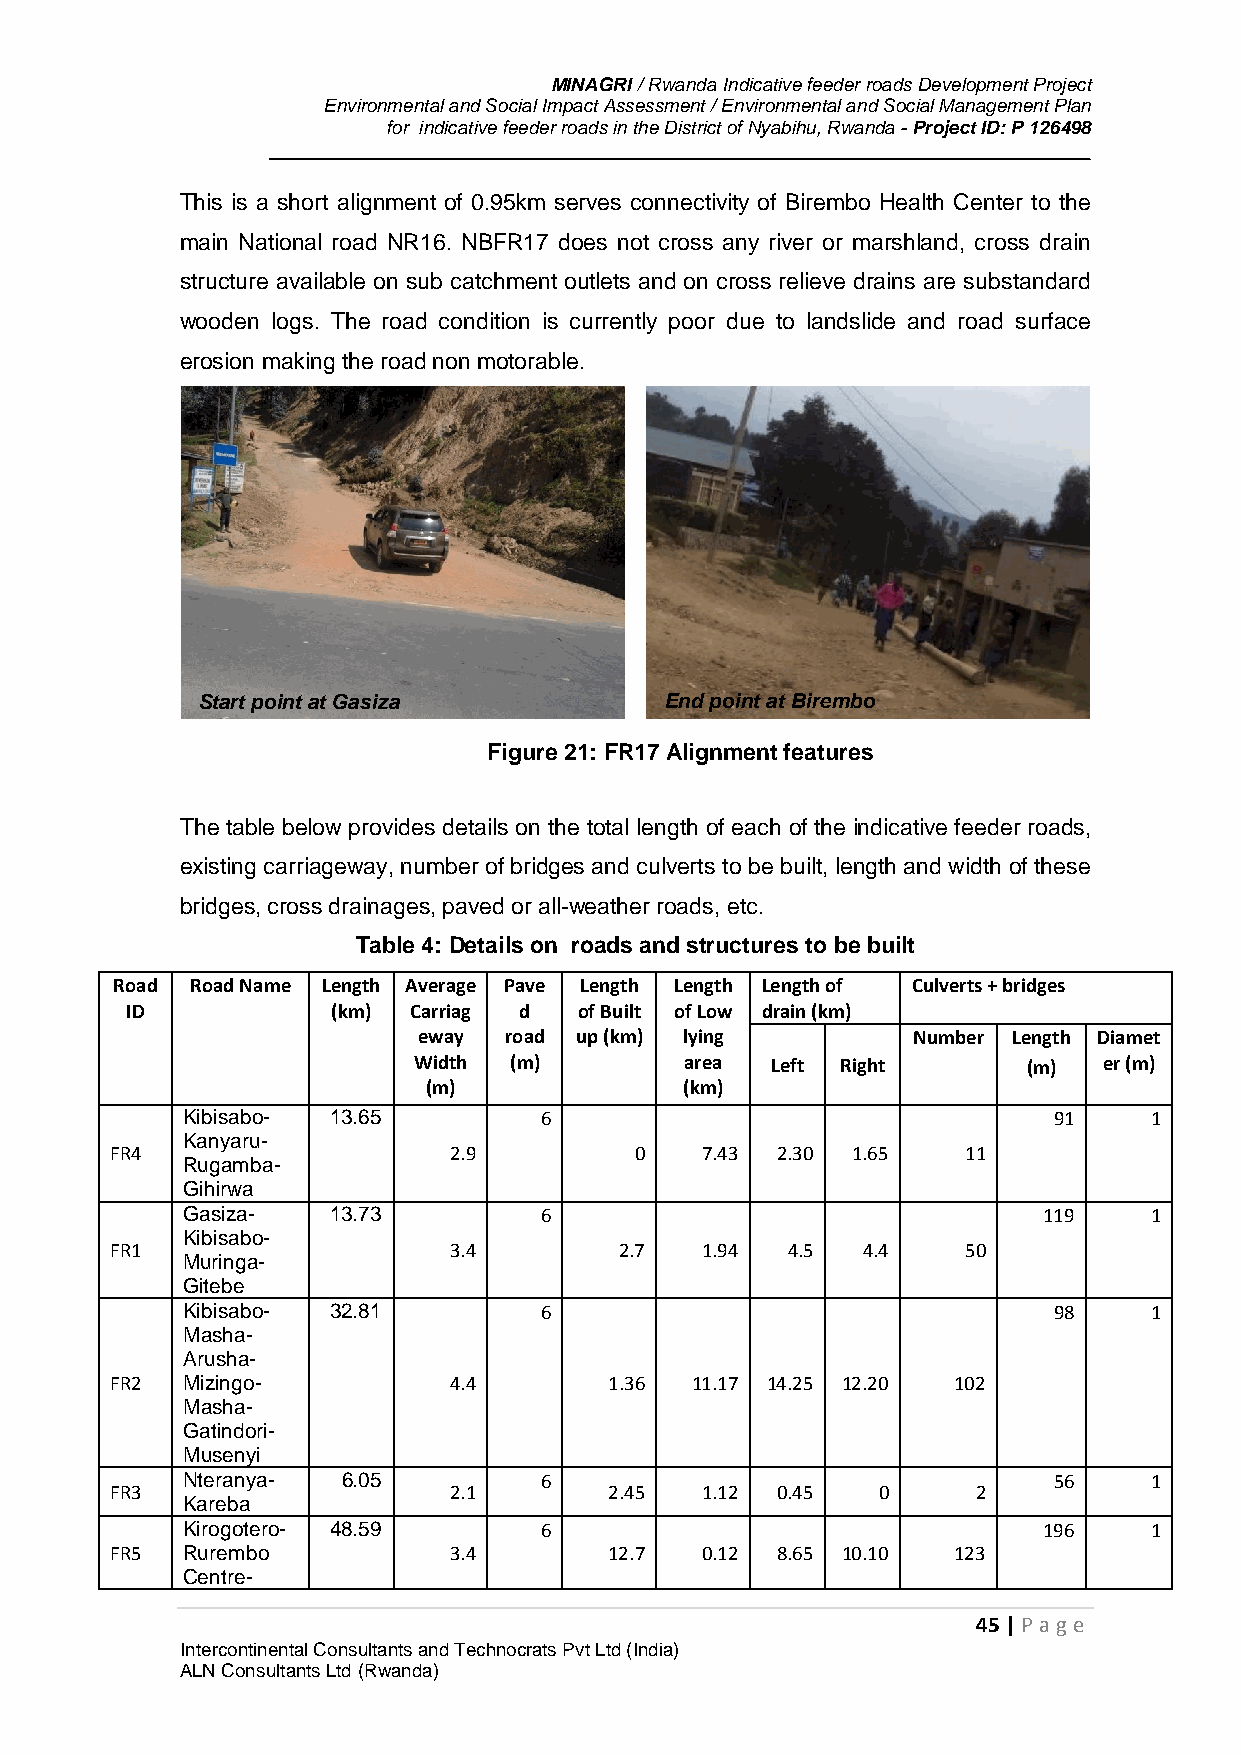
MINAGRI / Rwanda Indicative feeder roads Development Project
 Environmental and Social Impact Assessment / Environmental and Social Management Plan
 for indicative feeder roads in the District of Nyabihu, Rwanda - Project ID: P 126498
 This is a short alignment of 0.95km serves connectivity of Birembo Health Center to the
 main National road NR16. NBFR17 does not cross any river or marshland, cross drain
 structure available on sub catchment outlets and on cross relieve drains are substandard
 wooden logs. The road condition is currently poor due to landslide and road surface
 erosion making the road non motorable.
 Start point at Gasiza          End point at Birembo
 Figure 21: FR17 Alignment features
 The table below provides details on the total length of each of the indicative feeder roads,
 existing carriageway, number of bridges and culverts to be built, length and width of these
 bridges, cross drainages, paved or all-weather roads, etc.
 Table 4: Details on roads and structures to be built
 Road  Road Name Length Average Pave Length Length Length of Culverts + bridges
 ID            (km) Carriag d  of Built of Low drain (km)
 eway road up (km) lying         Number Length Diamet
 Width  (m)        area  Left Right       (m)  er (m)
 (m)              (km)
 Kibisabo- 13.65         6                                 91    1
 Kanyaru-
 FR4                    2.9         0   7.43 2.30 1.65    11
 Rugamba-
 Gihirwa
 Gasiza-   13.73         6                                119    1
 Kibisabo-
 FR1                    3.4        2.7  1.94  4.5  4.4    50
 Muringa-
 Gitebe
 Kibisabo- 32.81         6                                 98    1
 Masha-
 Arusha-
 FR2  Mizingo-          4.4       1.36  11.17 14.25 12.20 102
 Masha-
 Gatindori-
 Musenyi
 Nteranya-  6.05         6                                 56    1
 FR3                    2.1       2.45  1.12 0.45   0      2
 Kareba
 Kirogotero- 48.59       6                                196    1
 FR5  Rurembo           3.4       12.7  0.12 8.65 10.10  123
 Centre-
 45 | P age
 Intercontinental Consultants and Technocrats Pvt Ltd (India)
 ALN Consultants Ltd (Rwanda)